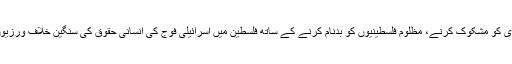
چینل پر فلسطینی قوم کی تحریک آزادی کو مشکوک کرنے، مظلوم فلسطینیوں کو بدنام کرنے کے ساتھ فلسطین میں اسرائیلی فوج کی انسانی حقوق کی سنگین خلاف ورزیوں کی پردہ پوشی کا الزام عائد کیا ہے۔